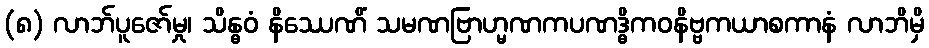
(၈) လာဘ်ပူဇော်မှု၊ သိန္ဓဝံ နိဿေဏိံ သမဏဗြာဟ္မဏကပဏဒ္ဓိကဝနိဗ္ဗကယာစကာနံ လာဘိမှိ